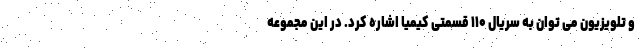
و تلویزیون می توان به سریال ۱۱۰ قسمتی کیمیا اشاره کرد. در این مجموعه